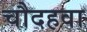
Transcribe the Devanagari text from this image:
चौदहवा